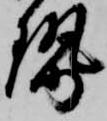
勢